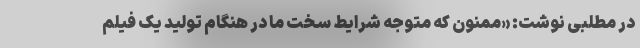
در مطلبی نوشت: «ممنون که متوجه شرایط سخت ما در هنگام تولید یک فیلم